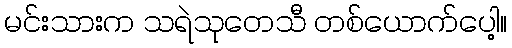
မင်းသားက သရဲသုတေသီ တစ်ယောက်ပေါ့။